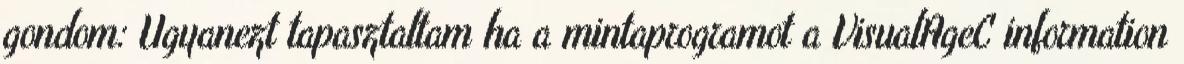
gondom: Ugyanezt tapasztaltam ha a mintaprogramot a VisualAgeC information